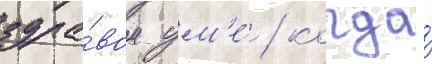
здра́вом ум'е́ / когда́